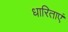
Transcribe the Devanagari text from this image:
धारिताएं